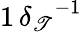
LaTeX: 1\, {\delta_{\mathscr{T}}}^{-1}